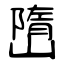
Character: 嶞